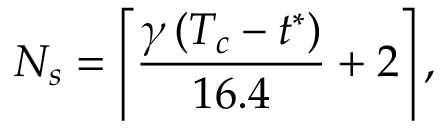
N _ { s } = \left\lceil \frac { \gamma \, ( T _ { c } - t ^ { * } ) } { 1 6 . 4 } + 2 \right\rceil ,